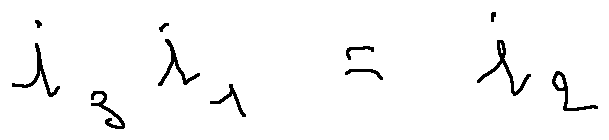
i _ { 3 } i _ { 1 } = i _ { 2 }